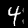
Digit: 4